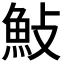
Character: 𮫱